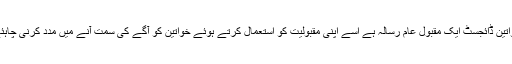
خواتین ڈائجسٹ ایک مقبول عام رسالہ ہے اسے اپنی مقبولیت کو استعمال کرتے ہوئے خواتین کو آگے کی سمت آنے میں مدد کرنی چاہئے۔